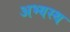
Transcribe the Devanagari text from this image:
अभ्यस्थ